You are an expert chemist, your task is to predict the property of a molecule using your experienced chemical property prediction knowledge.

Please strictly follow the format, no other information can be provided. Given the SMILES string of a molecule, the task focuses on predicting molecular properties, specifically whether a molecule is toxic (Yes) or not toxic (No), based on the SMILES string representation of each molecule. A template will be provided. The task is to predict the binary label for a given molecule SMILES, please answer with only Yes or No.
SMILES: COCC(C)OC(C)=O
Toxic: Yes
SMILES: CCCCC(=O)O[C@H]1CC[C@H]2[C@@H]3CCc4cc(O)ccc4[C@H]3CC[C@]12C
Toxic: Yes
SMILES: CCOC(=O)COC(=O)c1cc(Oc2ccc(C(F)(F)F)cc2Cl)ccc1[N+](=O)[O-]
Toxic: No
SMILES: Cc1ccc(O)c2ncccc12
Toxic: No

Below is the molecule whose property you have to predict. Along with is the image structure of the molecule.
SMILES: O=C(Oc1ccccc1)c1ccccc1C(=O)Oc1ccccc1
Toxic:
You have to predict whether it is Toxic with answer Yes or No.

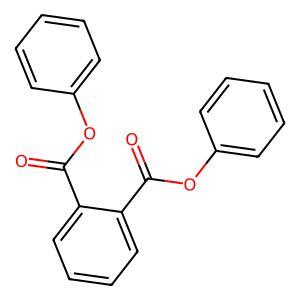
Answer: No